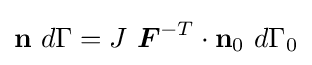
\mathbf {n} ~d\Gamma =J~{\boldsymbol {F}}^{-T}\cdot \mathbf {n} _{0}~d\Gamma _{0}